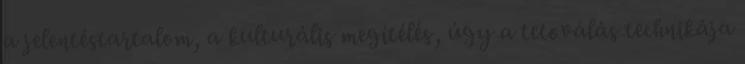
a jelentéstartalom, a kulturális megítélés, úgy a tetoválás technikája